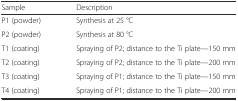
| Sample | Description |
 | --- | --- |
 | P1 (powder) | Synthesis at 25 °С |
 | P2 (powder) | Synthesis at 80 °С |
 | T1 (coating) | Spraying of P2; distance to the Ti plate—150 mm |
 | T2 (coating) | Spraying of P2; distance to the Ti plate—200 mm |
 | T3 (coating) | Spraying of P1; distance to the Ti plate—150 mm |
 | T4 (coating) | Spraying of P1; distance to the Ti plate—200 mm |